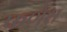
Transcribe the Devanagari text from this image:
फणेरा